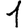
Digit: 1